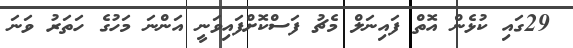
29ގައި ކުޅެން އޮތް ފައިނަލް މެޗު ފަސްކޮށްފައިވަނީ އަންނަ މަހުގެ ހަތަރު ވަނަ